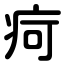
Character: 疴